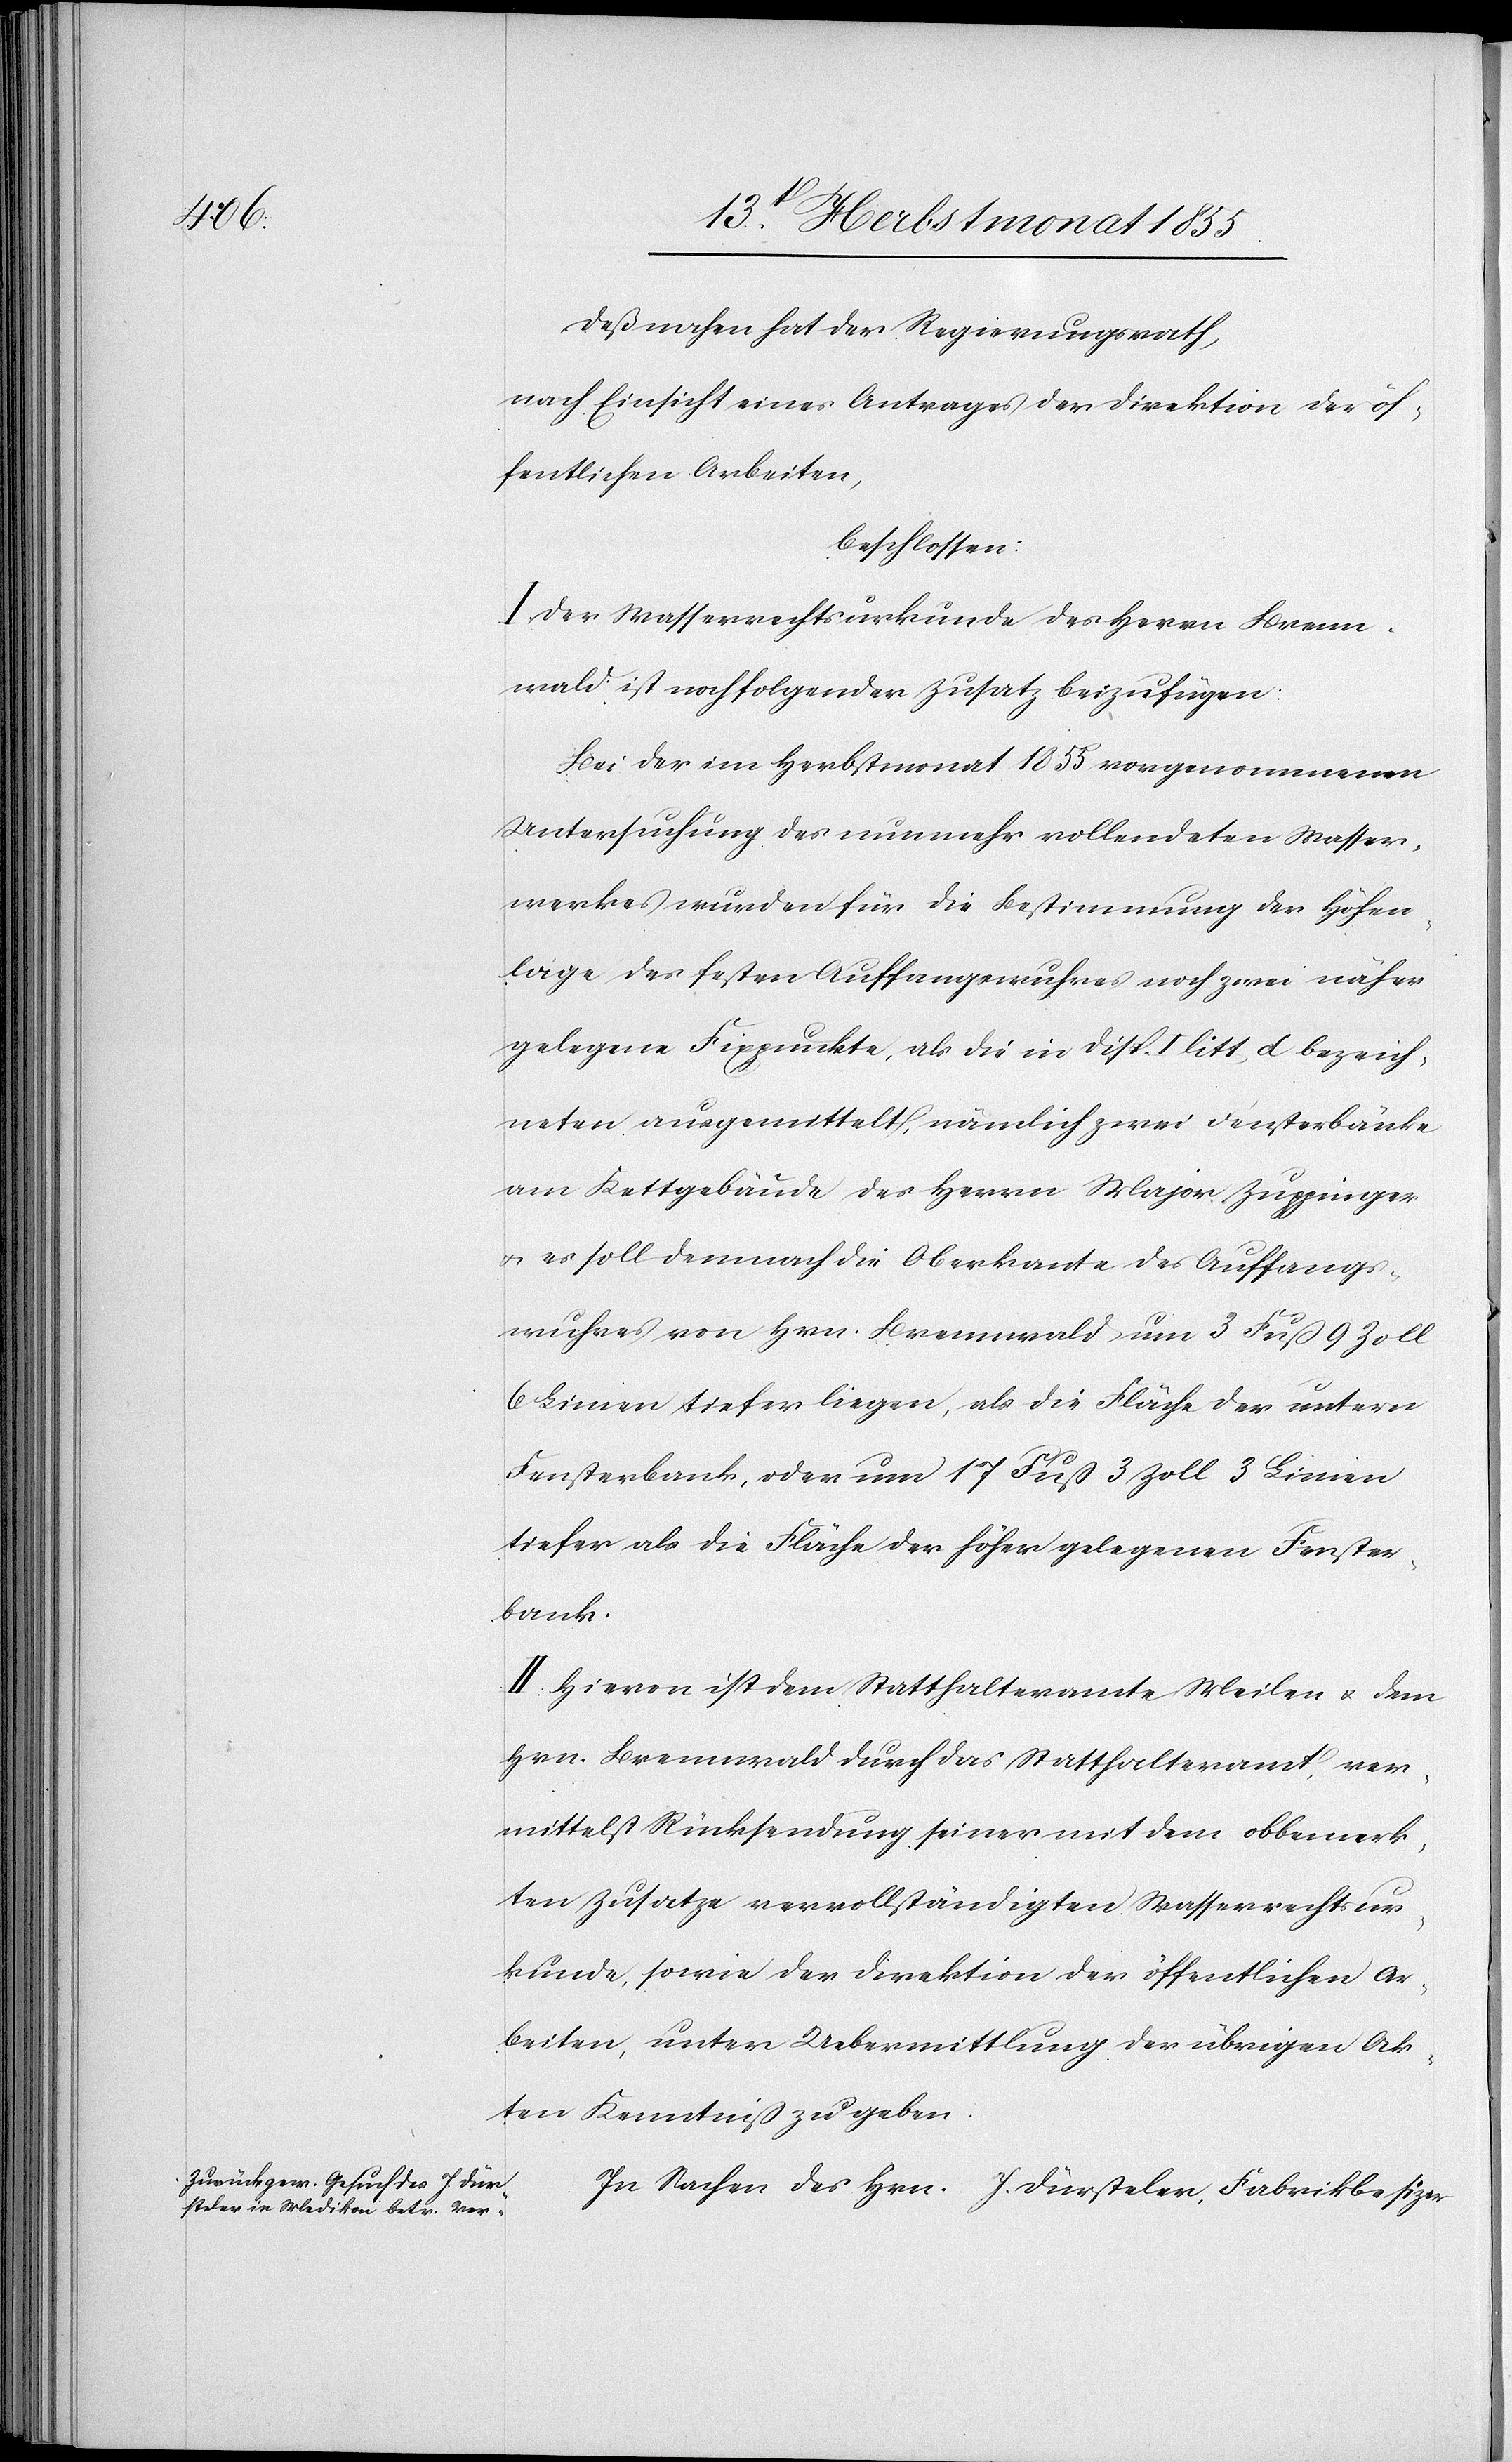
Deßnahen hat der Regierungsrath,
nach Einsicht eines Antrages der Direktion der öf¬
fentlichen Arbeiten,
beschlossen:
I. Der Wasserrechtsurkunde des Herrn Brenn¬
wald ist noch folgender Zusatz beizufügen:
Bei der im Herbstmonat 1855 vorgenommenen
Untersuchung des nunmehr vollendeten Wasser¬
werkes wurden für die Bestimmung der Höhen¬
lage des festen Auffangswuhres noch zwei näher
gelegene Fixpunkte, als die in Disp. I litt d bezeich¬
neten ausgemittelt, nämlich zwei Fensterbänke
am Kettgebäude des Herrn Major Zuppinger
& es soll demnach die Oberkante des Auffangs¬
wuhres von Hrn. Brennwald um 3 Fuß 9 Zoll
6 Linien tiefer liegen, als die Fläche der untern
Fensterbank, oder um 17 Fuß 3 Zoll 3 Linien
tiefer als die Fläche der höher gelegenen Fenster¬
bank.
II. Hievon ist dem Statthalteramte Meilen & dem
Hrn. Brennwald durch das Statthalteramt, ver¬
mittelst Rücksendung seiner mit dem obbemerk¬
ten Zusatze vervollständigten Wasserrechtsur¬
kunde, sowie der Direktion der öffentlichen Ar¬
beiten, unter Uebermittlung der übrigen Ak¬
ten Kenntniß zu geben.
In Sachen des Hrn. J. Dürsteler, Fabrikbesi[t]zer